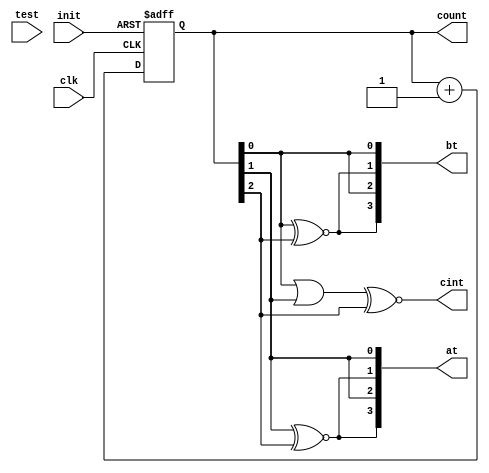
`timescale 1ns / 1ps

module rca2_tpg(clk, init, test, at, bt, cint, count);
input clk, init, test;
output reg [2:0]count;
output [3:0]at, bt;
output cint;

always @(posedge clk, posedge init)
    begin
    if (init)
        count <= 0;
    else
        count <= count + 1'b1;
    end
assign cint = (count[0]|count[1]) ~^ count[2],
bt[0] = count[0],
at[0] = count[1],
bt[1] = count[0] ~^ count[2],
at[1] = count[1] ~^ count[2],
bt[2] = count[0],
at[2] = count[1],
bt[3] = bt[1],
at[3] = at[1];

endmodule